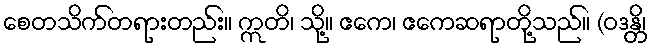
စေတသိက်တရားတည်း။ ဣတိ၊ သို့။ ဧကေ၊ ဧကေဆရာတို့သည်။ (ဝဒန္တိ၊